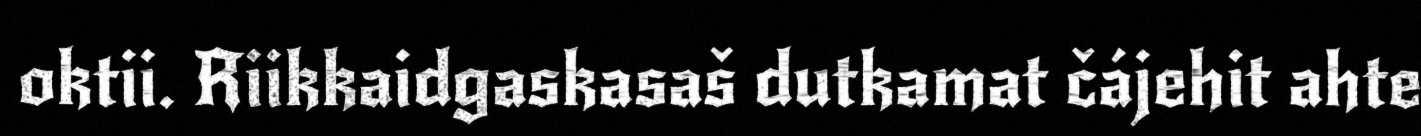
oktii. Riikkaidgaskasaš dutkamat čájehit ahte